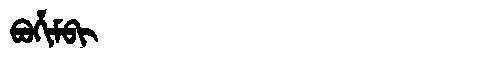
Manchu: ᠪᠣᡥᡳᠮᠪᡳ
Romanization: BOHIMBI